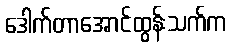
ဒေါက်တာအောင်ထွန်းသက်က